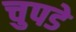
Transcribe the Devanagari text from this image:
चुपडे